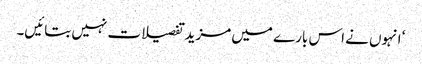
‘ انہوں نے اس بارے میں مزید تفصیلات نہیں بتائیں۔